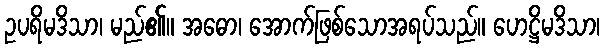
ဥပရိမဒိသာ၊ မည်၏။ အဓော၊ အောက်ဖြစ်သောအရပ်သည်။ ဟေဋ္ဌိမဒိသာ၊